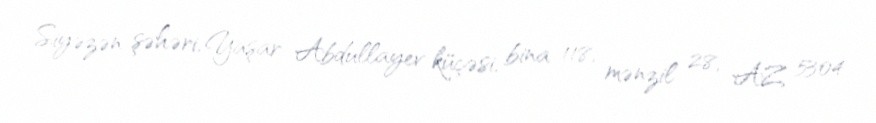
Siyəzən şəhəri, Yaşar Abdullayev küçəsi, bina 118, mənzil 28, AZ 5304